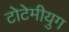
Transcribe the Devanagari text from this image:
टोटेमीयुग